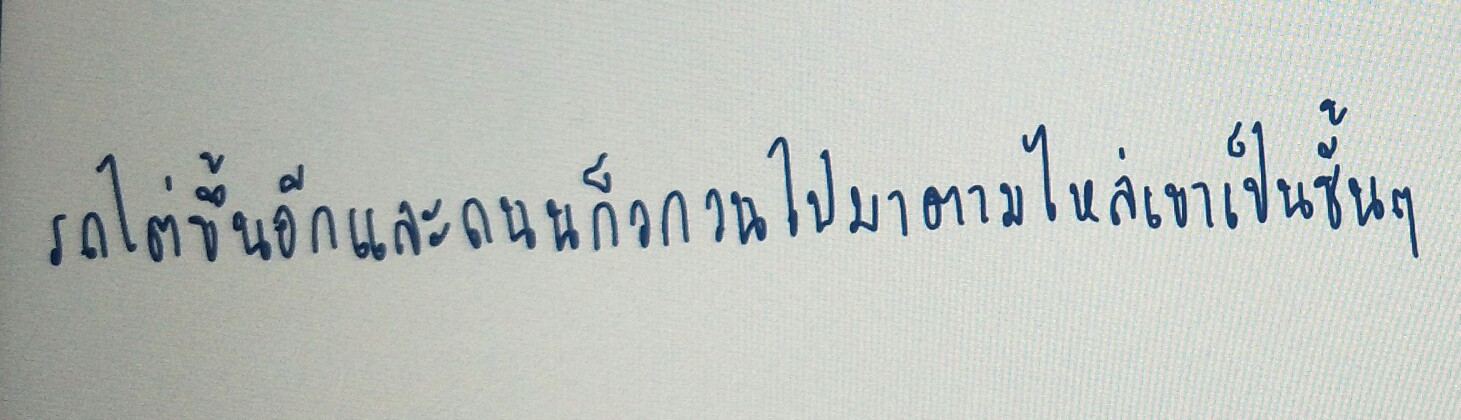
รถไต่ขึ้นอีกและถนนก็วกวนไปมาตามไหล่เขาเป็นชั้นๆ